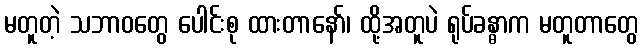
မတူတဲ့ သဘာဝတွေ ပေါင်းစု ထားတာနော်၊ ထို့အတူပဲ ရုပ်ခန္ဓာက မတူတာတွေ